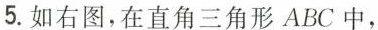
5.如右图，在直角三角形$$A B C中，